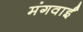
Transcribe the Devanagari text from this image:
मंगवाईं